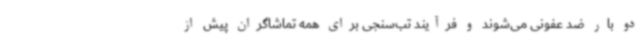
دو بار ضد عفونی می‌شوند و فرآیند تب‌سنجی برای همه تماشاگران پیش از